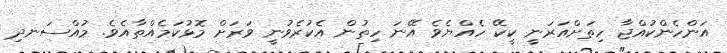
އަންހެންކުއްޖާ ހިތަށްއަރަނީ ކީކޭ ހެއްޔެވެ އޭނަ ހިތުން އެކުރެވުނީ ވަރަށް މޮޅުކަމެއްތާއެވެ. މުއްސަނދި